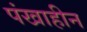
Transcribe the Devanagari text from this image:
पंखाहीन